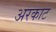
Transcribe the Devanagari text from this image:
अरकाट